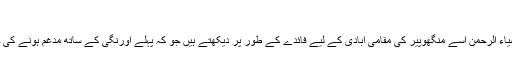
مقامی آبادیوں کو فائدہ
سیاسی تجزیہ نگار اور سینیئر صحافی ضیاء الرحمٰن اسے منگھوپیر کی مقامی آبادی کے لیے فائدے کے طور پر دیکھتے ہیں جو کہ پہلے اورنگی کے ساتھ مدغم ہونے کی وجہ سے اپنا نمائندہ چننے میں ناکام تھی۔